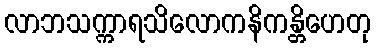
လာဘသက္ကာရသိလောကနိကန္တိဟေတု